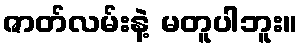
ဇာတ်လမ်းနဲ့ မတူပါဘူး။